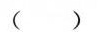
( )